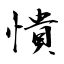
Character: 憒